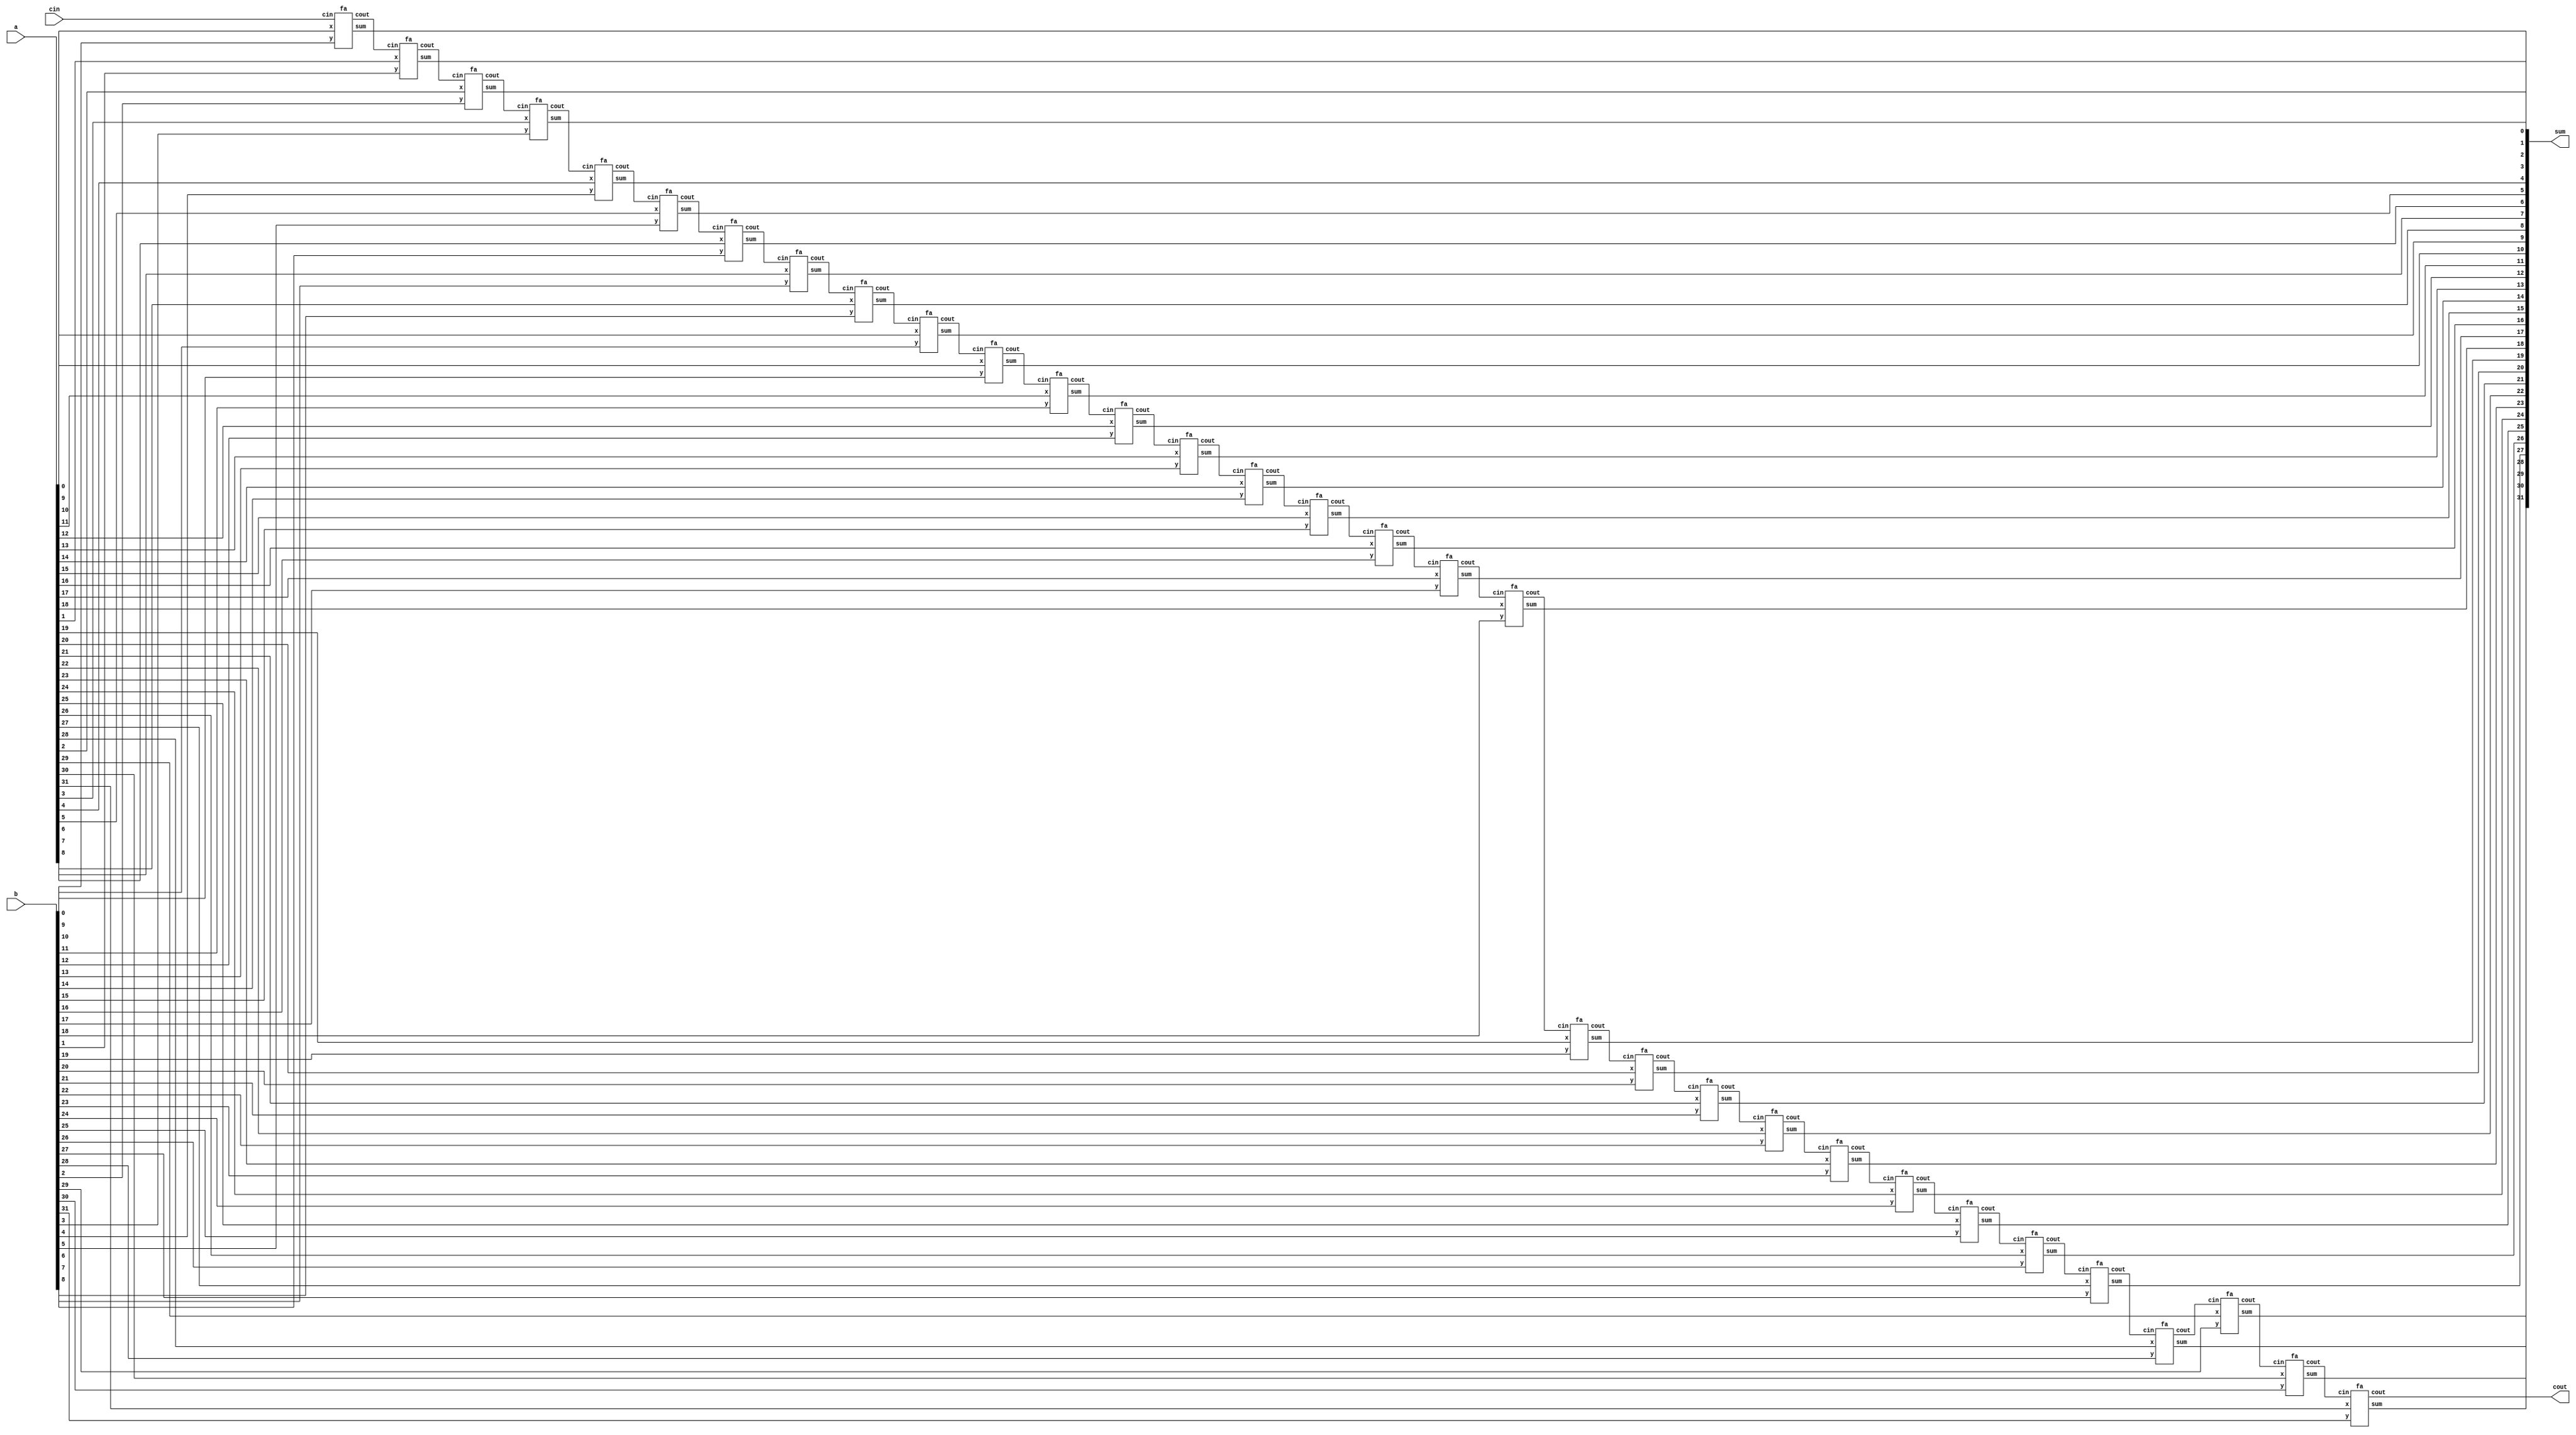
// =============================================================================
// This file implements a 32bit ripple carry adder.
// =============================================================================

module rc_32bit(
	input wire	[31:0] a,
	input wire	[31:0] b,
	input wire	cin,
	output wire	[31:0] sum,
	output wire	cout
);

wire w1, w2, w3, w4, w5, w6, w7, w8, w9, w10, w11, w12, w13, w14, w15, w16, w17, w18, w19, w20, w21, w22, w23, w24, w25, w26, w27, w28, w29, w30, w31;

fa u1(a[0], b[0], cin, sum[0], w1);
fa u2(a[1], b[1], w1, sum[1], w2);
fa u3(a[2], b[2], w2, sum[2], w3);
fa u4(a[3], b[3], w3, sum[3], w4);
fa u5(a[4], b[4], w4, sum[4], w5);
fa u6(a[5], b[5], w5, sum[5], w6);
fa u7(a[6], b[6], w6, sum[6], w7);
fa u8(a[7], b[7], w7, sum[7], w8);
fa u9(a[8], b[8], w8, sum[8], w9);
fa u10(a[9], b[9], w9, sum[9], w10);
fa u11(a[10], b[10], w10, sum[10], w11);
fa u12(a[11], b[11], w11, sum[11], w12);
fa u13(a[12], b[12], w12, sum[12], w13);
fa u14(a[13], b[13], w13, sum[13], w14);
fa u15(a[14], b[14], w14, sum[14], w15);
fa u16(a[15], b[15], w15, sum[15], w16);
fa u17(a[16], b[16], w16, sum[16], w17);
fa u18(a[17], b[17], w17, sum[17], w18);
fa u19(a[18], b[18], w18, sum[18], w19);
fa u20(a[19], b[19], w19, sum[19], w20);
fa u21(a[20], b[20], w20, sum[20], w21);
fa u22(a[21], b[21], w21, sum[21], w22);
fa u23(a[22], b[22], w22, sum[22], w23);
fa u24(a[23], b[23], w23, sum[23], w24);
fa u25(a[24], b[24], w24, sum[24], w25);
fa u26(a[25], b[25], w25, sum[25], w26);
fa u27(a[26], b[26], w26, sum[26], w27);
fa u28(a[27], b[27], w27, sum[27], w28);
fa u29(a[28], b[28], w28, sum[28], w29);
fa u30(a[29], b[29], w29, sum[29], w30);
fa u31(a[30], b[30], w30, sum[30], w31);
fa u32(a[31], b[31], w31, sum[31], cout);

endmodule


module fa(
	input wire x,
	input wire y,
	input wire cin,
	output wire sum,
	output wire cout
);

wire w1, w2, w3;

assign w1 = x ^ y;
assign sum = w1 ^ cin;
assign w2 = w1 & cin;
assign w3 = x & y;
assign cout = w2 | w3;

endmodule